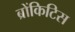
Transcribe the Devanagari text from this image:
ब्रोंकिटिस